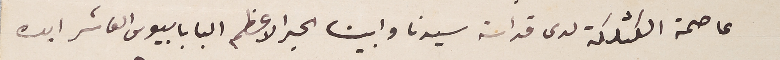
عاصمة الكثلكة لدى قداسة سيدنا وابينا الحبر الاعظم البابا بيوس العاشر ايده